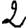
Digit: 2